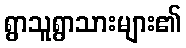
ရွာသူရွာသားများ၏